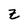
Character: Z